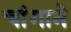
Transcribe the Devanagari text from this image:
चांगाने